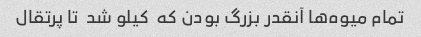
تمام میوه‌ها آنقدر بزرگ بودن که  کیلو شد  تا پرتقال